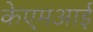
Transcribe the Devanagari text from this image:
केएमआई